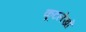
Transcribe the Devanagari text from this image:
कूटलेखों